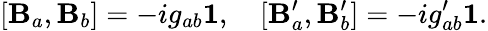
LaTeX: [\mathbf{B}_{a},\mathbf{B}_{b}]=-ig_{ab}{\mathbf{1}},~~~~[\mathbf{B}_{a}^{\prime},\mathbf{B}_{b}^{\prime}]=-ig_{ab}^{\prime}{\mathbf{1}}.